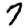
Digit: 7